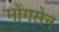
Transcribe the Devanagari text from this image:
मोंगसेन